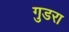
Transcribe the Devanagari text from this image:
गुडरा